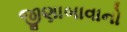
જીણાબાવાનો